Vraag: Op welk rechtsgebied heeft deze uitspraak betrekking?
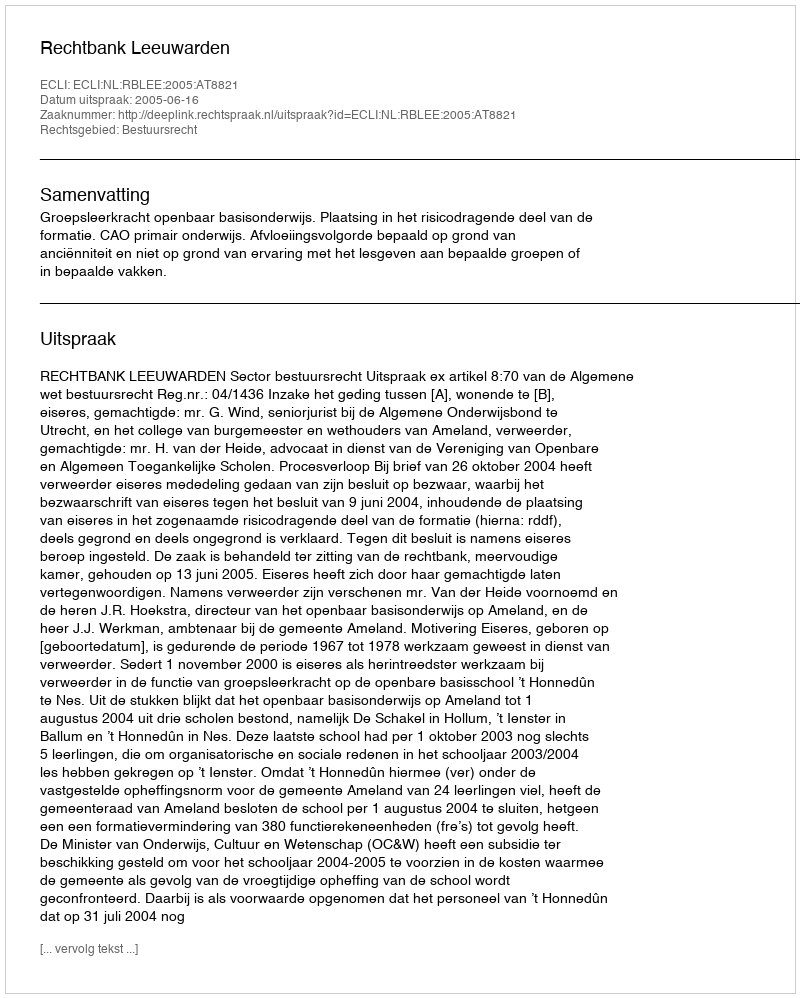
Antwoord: Bestuursrecht